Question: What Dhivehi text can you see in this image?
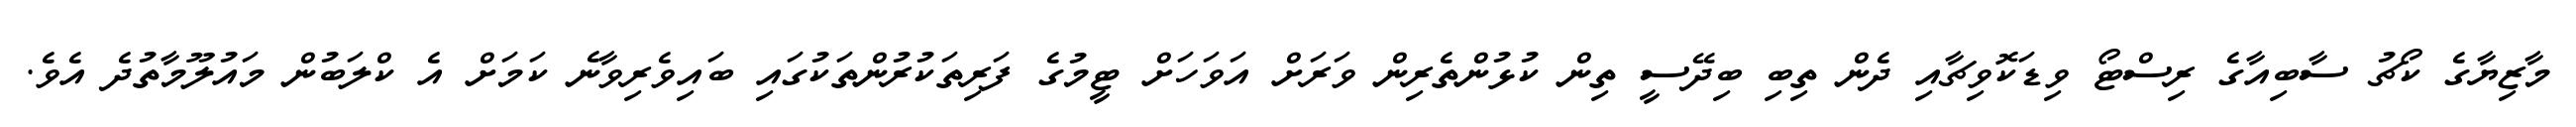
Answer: މާޒިޔާގެ ކޯޗު ސާބިއާގެ ރިސްޓޯ ވިޑަކޮވިޗާއި ދެން ތިބި ބިދޭސީ ތިން ކުޅުންތެރިން ވަރަށް އަވަހަށް ޓީމުގެ ފަރިތަކުރުންތަކުގައި ބައިވެރިވާނެ ކަމަށް އެ ކްލަބުން މައުލޫމާތުދެ އެވެ.